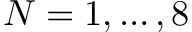
N = 1 , \dots , 8